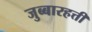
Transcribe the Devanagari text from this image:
जुब्बारहत्ती